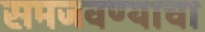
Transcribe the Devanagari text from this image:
समजवण्याचा